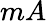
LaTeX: mA